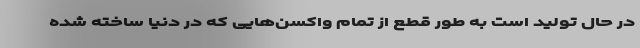
در حال تولید است به طور قطع از تمام واکسن‌هایی که در دنیا ساخته شده